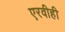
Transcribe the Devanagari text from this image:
एरवीही